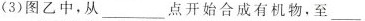
(3)图乙中，从___点开始合成有机物，至___